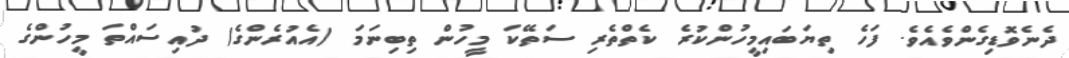
ދެނެވޮޑިގެންވެއެވެ. ފަހެ ތިޔަބައިމީހުންކުރެ ކެތްތެރި ސަތޭކަ މީހުން ތިބިނަމަ (އެއުރެންގެ) ދުއިސައްތަ މީހުންގެ